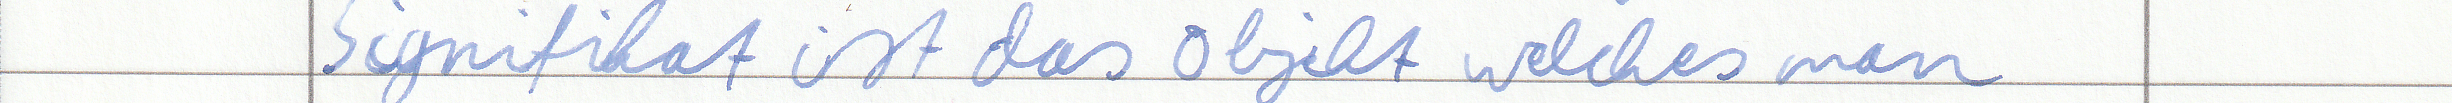
Signifikat ist das Objekt welches man